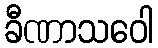
ခီဏာသဝေါ